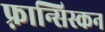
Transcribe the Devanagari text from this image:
फ़्रान्सिस्कन